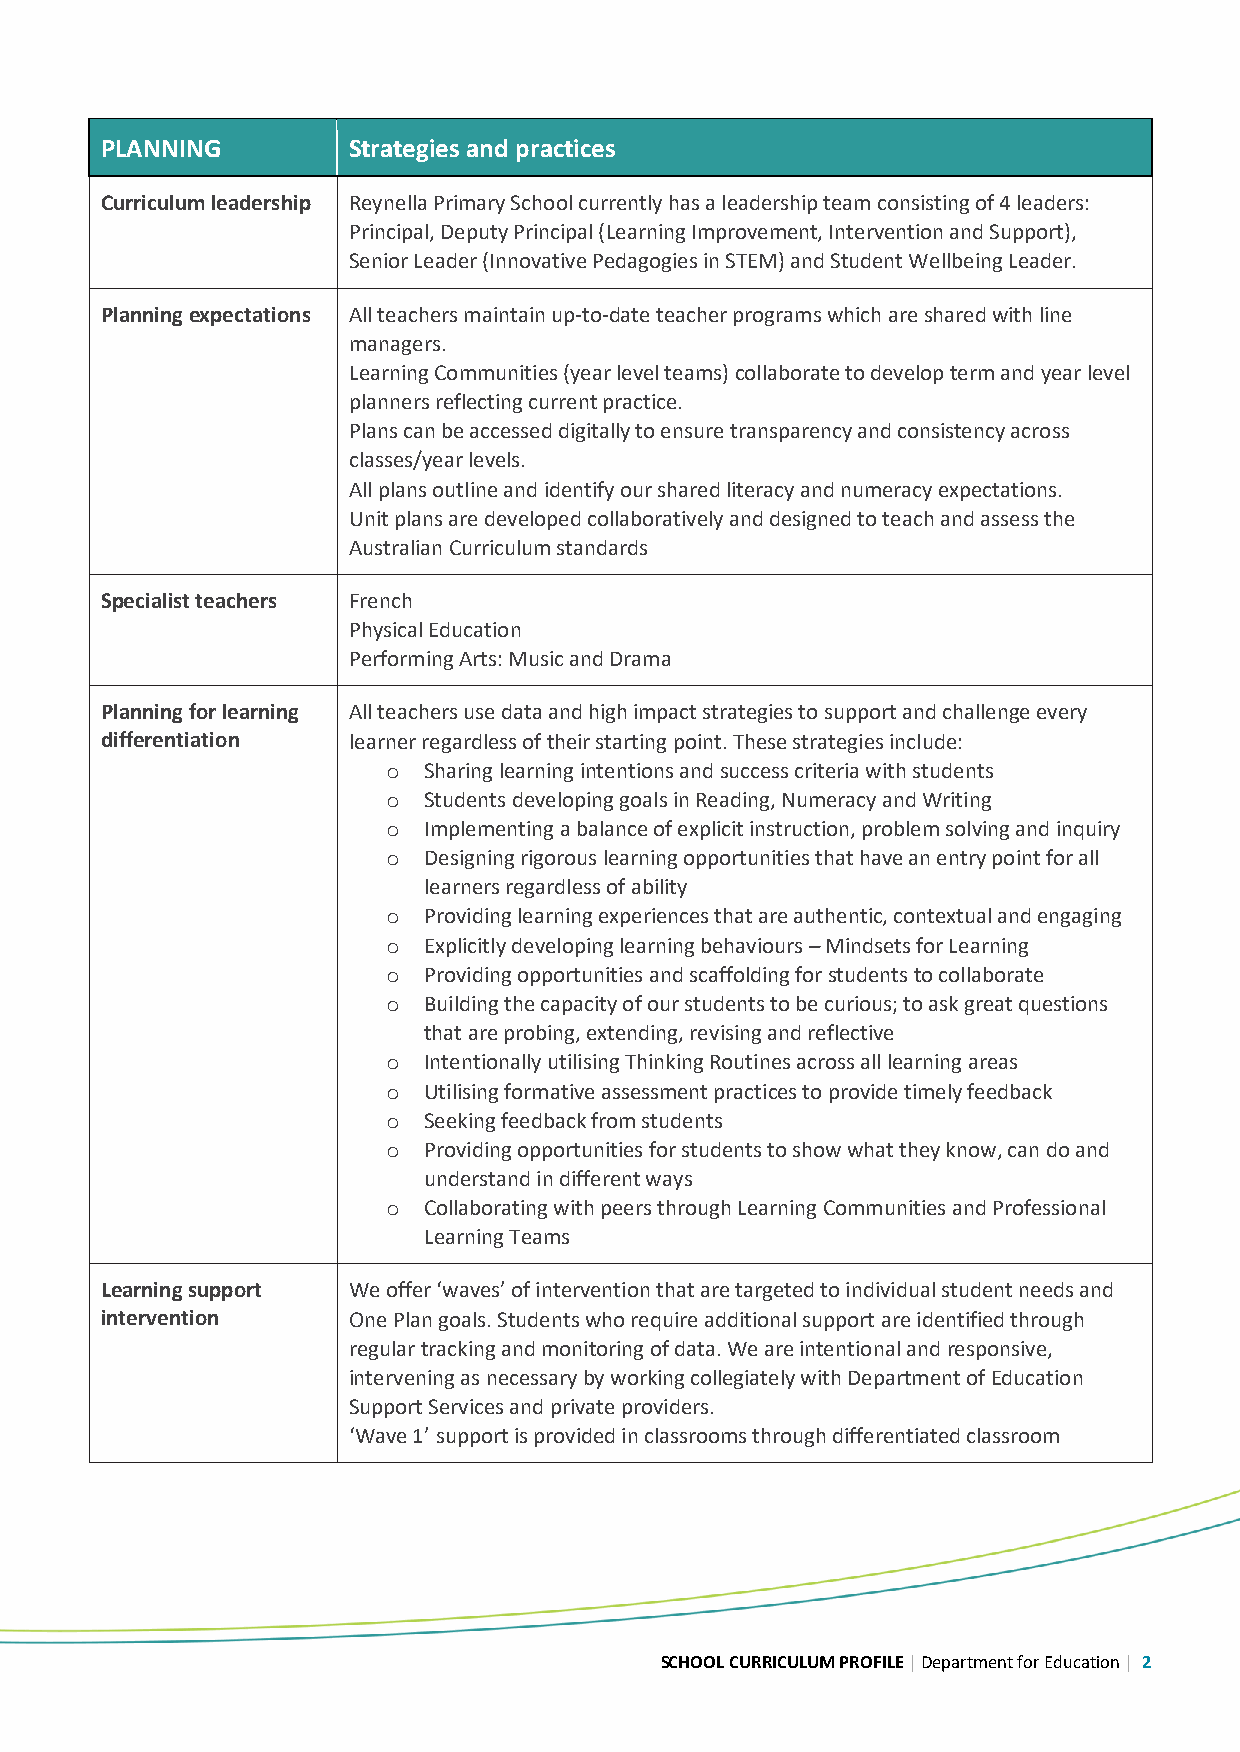
PLANNING        Strategies and practices
 Curriculum leadership Reynella Primary School currently has a leadership team consisting of 4 leaders:
 Principal, Deputy Principal (Learning Improvement, Intervention and Support),
 Senior Leader (Innovative Pedagogies in STEM) and Student Wellbeing Leader.
 Planning expectations All teachers maintain up-to-date teacher programs which are shared with line
 managers.
 Learning Communities (year level teams) collaborate to develop term and year level
 planners reflecting current practice.
 Plans can be accessed digitally to ensure transparency and consistency across
 classes/year levels.
 All plans outline and identify our shared literacy and numeracy expectations.
 Unit plans are developed collaboratively and designed to teach and assess the
 Australian Curriculum standards
 Specialist teachers French
 Physical Education
 Performing Arts: Music and Drama
 Planning for learning All teachers use data and high impact strategies to support and challenge every
 differentiation learner regardless of their starting point. These strategies include:
 o Sharing learning intentions and success criteria with students
 o Students developing goals in Reading, Numeracy and Writing
 o Implementing a balance of explicit instruction, problem solving and inquiry
 o Designing rigorous learning opportunities that have an entry point for all
 learners regardless of ability
 o Providing learning experiences that are authentic, contextual and engaging
 o Explicitly developing learning behaviours – Mindsets for Learning
 o Providing opportunities and scaffolding for students to collaborate
 o Building the capacity of our students to be curious; to ask great questions
 that are probing, extending, revising and reflective
 o Intentionally utilising Thinking Routines across all learning areas
 o Utilising formative assessment practices to provide timely feedback
 o Seeking feedback from students
 o Providing opportunities for students to show what they know, can do and
 understand in different ways
 o Collaborating with peers through Learning Communities and Professional
 Learning Teams
 Learning support We offer ‘waves’ of intervention that are targeted to individual student needs and
 intervention    One Plan goals. Students who require additional support are identified through
 regular tracking and monitoring of data. We are intentional and responsive,
 intervening as necessary by working collegiately with Department of Education
 Support Services and private providers.
 ‘Wave 1’ support is provided in classrooms through differentiated classroom
 SCHOOL CURRICULUM PROFILE | Department for Education | 2